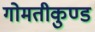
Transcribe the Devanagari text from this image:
गोमतीकुण्ड